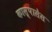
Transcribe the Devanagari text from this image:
कास्पासेस